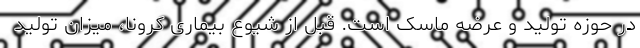
در حوزه تولید و عرضه ماسک است. قبل از شیوع بیماری کرونا، میزان تولید